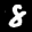
Label: 8